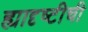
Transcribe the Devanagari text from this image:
ह्यादृष्टीची